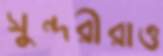
সুন্দরীরাও